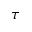
\tau